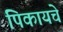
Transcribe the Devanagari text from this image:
पिकायचे